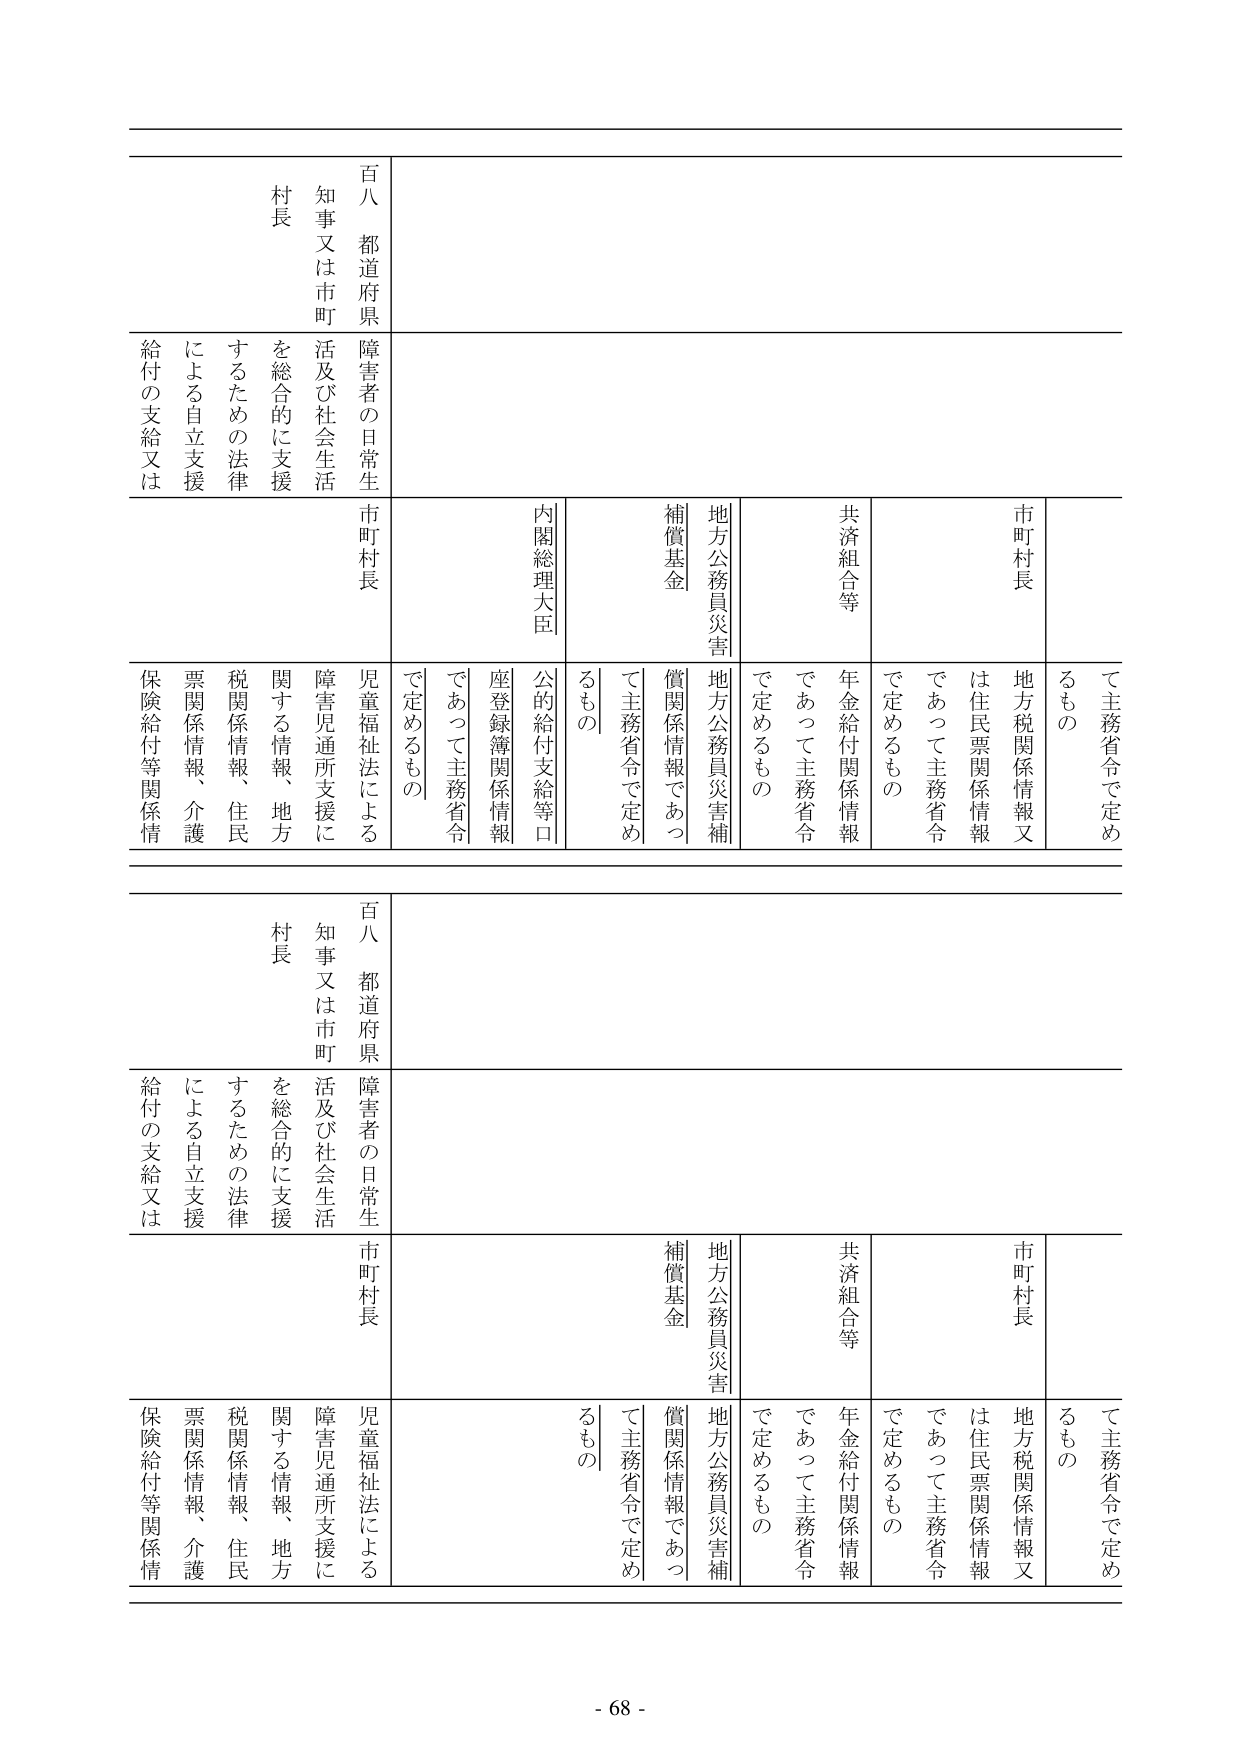
百八 都道府県
知事又は市町村長
障害者の日常生活及び社会生活を総合的に支援するための法律による自立支援給付の支給又は
市町村長
地方税関係情報又は住民票関係情報
て主務省令で定めるもの
共済組合等
年金給付関係情報
であって主務省令で定めるもの
地方公務員災害補償基金
地方公務員災害補償関係情報であって主務省令で定めるもの
内閣総理大臣
公的給付支給等口座登録簿関係情報
であって主務省令で定めるもの
児童福祉法による障害児通所支援に関する情報、地方税関係情報、住民票関係情報、介護保険給付等関係情

百八 都道府県
知事又は市町村長
障害者の日常生活及び社会生活を総合的に支援するための法律による自立支援給付の支給又は
市町村長
地方税関係情報又は住民票関係情報
て主務省令で定めるもの
共済組合等
年金給付関係情報
であって主務省令で定めるもの
地方公務員災害補償基金
地方公務員災害補償関係情報であって主務省令で定めるもの
内閣総理大臣
公的給付支給等口座登録簿関係情報
であって主務省令で定めるもの
児童福祉法による障害児通所支援に関する情報、地方税関係情報、住民票関係情報、介護保険給付等関係情

- 68 -